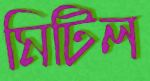
মিটিল